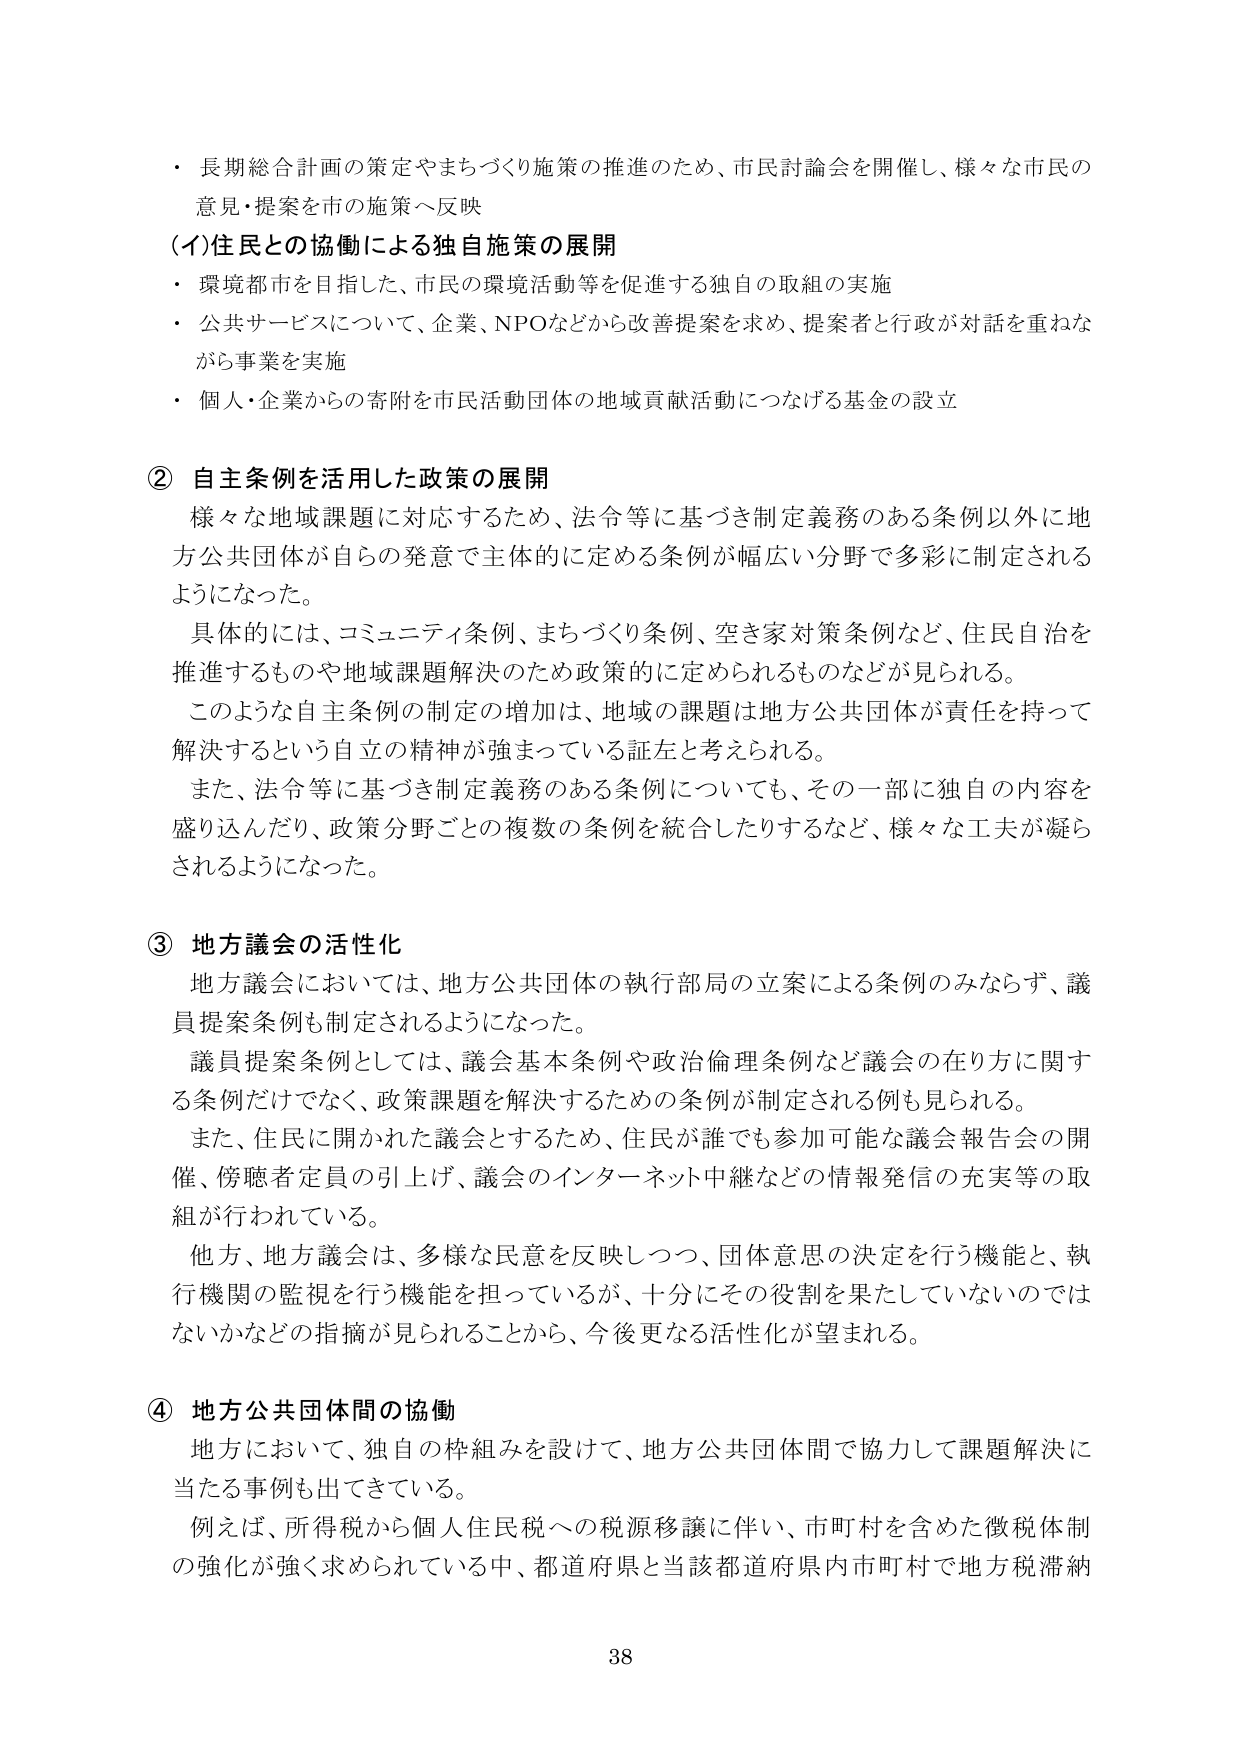
・長期総合計画の策定やまちづくり施策の推進のため、市民討論会を開催し、様々な市民の意見・提案を市の施策へ反映

(イ)住民との協働による独自施策の展開
・環境都市を目指した、市民の環境活動等を促進する独自の取組の実施
・公共サービスについて、企業、NPOなどから改善提案を求め、提案者と行政が対話を重ねながら事業を実施
・個人・企業からの寄附を市民活動団体の地域貢献活動につなげる基金の設立

② 自主条例を活用した政策の展開
様々な地域課題に対応するため、法令等に基づき制定義務のある条例以外に地方公共団体が自らの発意で主体的に定める条例が幅広い分野で多彩に制定されるようになった。
具体的には、コミュニティ条例、まちづくり条例、空き家対策条例など、住民自治を推進するものや地域課題解決のため政策的に定められるものなどが見られる。
このような自主条例の制定の増加は、地域の課題は地方公共団体が責任を持って解決するという自立の精神が強まっている証左と考えられる。
また、法令等に基づき制定義務のある条例についても、その一部に独自の内容を盛り込んだり、政策分野ごとの複数の条例を統合したりするなど、様々な工夫が凝らされるようになった。

③ 地方議会の活性化
地方議会においては、地方公共団体の執行部局の立案による条例のみならず、議員提案条例も制定されるようになった。
議員提案条例としては、議会基本条例や政治倫理条例など議会の在り方に関する条例だけでなく、政策課題を解決するための条例が制定される例も見られる。
また、住民に開かれた議会とするため、住民が誰でも参加可能な議会報告会の開催、傍聴者定員の引上げ、議会のインターネット中継などの情報発信の充実等の取組が行われている。
他方、地方議会は、多様な民意を反映しつつ、団体意思の決定を行う機能と、執行機関の監視を行う機能を担っているが、十分にその役割を果たしていないのではないかなどの指摘が見られることから、今後更なる活性化が望まれる。

④ 地方公共団体間の協働
地方において、独自の枠組みを設けて、地方公共団体間で協力して課題解決に当たる事例も出てきている。
例えば、所得税から個人住民税への税源移譲に伴い、市町村を含めた徴税体制の強化が強く求められている中、都道府県と当該都道府県内市町村で地方税滞納

38